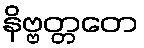
နိဗ္ဗတ္တတေ